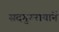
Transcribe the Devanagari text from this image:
सदगुरुरायानें